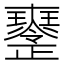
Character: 𤫒